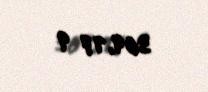
364,17 q